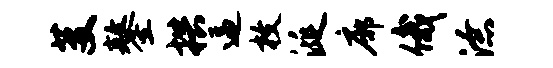
芟鏊拱逼枚涎廓俄潦